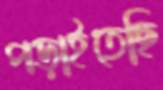
পড়াইতেছি